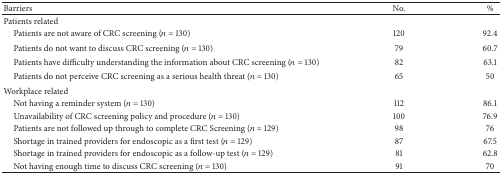
| Barriers | No. | % |
 | --- | --- | --- |
 | Patients related |  |  |
 | Patients are not aware of CRC screening (n = 130) | 120 | 92.4 |
 | Patients do not want to discuss CRC screening (n = 130) | 79 | 60.7 |
 | Patients have difficulty understanding the information about CRC screening (n = 130) | 82 | 63.1 |
 | Patients do not perceive CRC screening as a serious health threat (n = 130) | 65 | 50 |
 | Workplace related |  |  |
 | Not having a reminder system (n = 130) | 112 | 86.1 |
 | Unavailability of CRC screening policy and procedure (n = 130) | 100 | 76.9 |
 | Patients are not followed up through to complete CRC Screening (n = 129) | 98 | 76 |
 | Shortage in trained providers for endoscopic as a first test (n = 129) | 87 | 67.5 |
 | Shortage in trained providers for endoscopic as a follow-up test (n = 129) | 81 | 62.8 |
 | Not having enough time to discuss CRC screening (n = 130) | 91 | 70 |